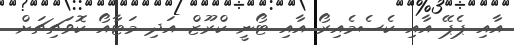
އާއި ޕެޕޭ އާއި ކެސެމެއިރޯ އާއި ޓޯނީ ކްރޫޒް އަދި މަޓާއޯ ކޮވަޗިޗަށް